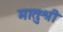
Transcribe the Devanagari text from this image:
मातुःश्री